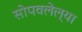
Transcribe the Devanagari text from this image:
सोपवलेल्या